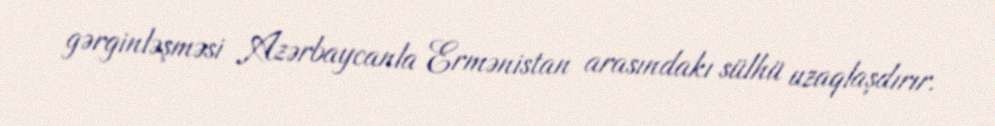
gərginləşməsi Azərbaycanla Ermənistan arasındakı sülhü uzaqlaşdırır.